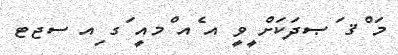
މަ ްޤ ަޞދަކަށް ީވީ އ ެއ ްމއީ ަގ ިއ ސޖޓ